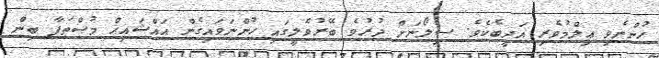
ހުންނެވި ޢިލްމުވެރި އަދީބެކެވެ. ސިލޯނަށް ދުރުވެ ބޭރުވެލީގައި ހުންނަވައިގެން އައްޝައިޚް މުޞްޠަފާ ބިން